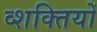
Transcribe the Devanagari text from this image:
व्शक्तियों